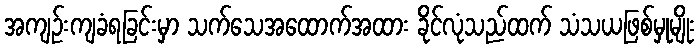
အကျဉ်းကျခံရခြင်းမှာ သက်သေအထောက်အထား ခိုင်လုံသည်ထက် သံသယဖြစ်မှုမျိုး